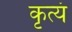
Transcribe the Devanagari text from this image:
कृत्यं